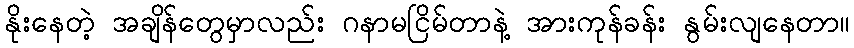
နိုးနေတဲ့ အချိန်တွေမှာလည်း ဂနာမငြိမ်တာနဲ့ အားကုန်ခန်း နွမ်းလျနေတာ။